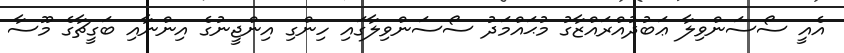
އެއީ ސޯސަންވިލާ ޢަބުދުއްރައްޒާގު މުޙައްމަދު ސޯސަންވިލާގައި ހިންގި އިންޖީނުގެ އިންނާއި ބަގީޗާގެ މޫސާ